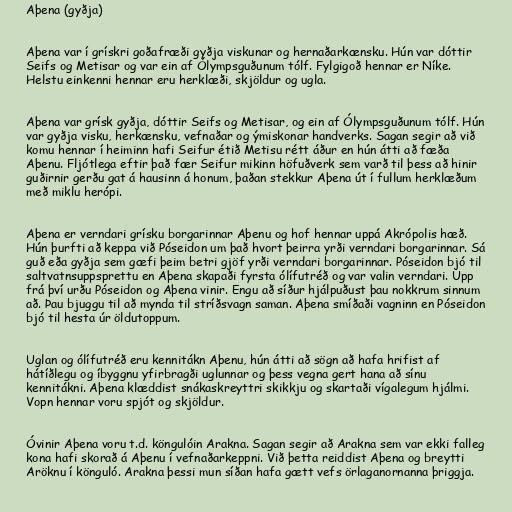
Aþena (gyðja)

Aþena var í grískri goðafræði gyðja viskunar og hernaðarkænsku. Hún var dóttir
Seifs og Metisar og var ein af Ólympsguðunum tólf. Fylgigoð hennar er Níke.
Helstu einkenni hennar eru herklæði, skjöldur og ugla.

Aþena var grísk gyðja, dóttir Seifs og Metisar, og ein af Ólympsguðunum tólf. Hún
var gyðja visku, herkænsku, vefnaðar og ýmiskonar handverks. Sagan segir að við
komu hennar í heiminn hafi Seifur étið Metisu rétt áður en hún átti að fæða
Aþenu. Fljótlega eftir það fær Seifur mikinn höfuðverk sem varð til þess að hinir
guðirnir gerðu gat á hausinn á honum, þaðan stekkur Aþena út í fullum herklæðum
með miklu herópi.

Aþena er verndari grísku borgarinnar Aþenu og hof hennar uppá Akrópolis hæð.
Hún þurfti að keppa við Póseidon um það hvort þeirra yrði verndari borgarinnar. Sá
guð eða gyðja sem gæfi þeim betri gjöf yrði verndari borgarinnar. Póseidon bjó til
saltvatnsuppsprettu en Aþena skapaði fyrsta ólífutréð og var valin verndari. Upp
frá því urðu Póseidon og Aþena vinir. Engu að síður hjálpuðust þau nokkrum sinnum
að. Þau bjuggu til að mynda til stríðsvagn saman. Aþena smíðaði vagninn en Póseidon
bjó til hesta úr öldutoppum.

Uglan og ólífutréð eru kennitákn Aþenu, hún átti að sögn að hafa hrifist af
hátíðlegu og íbyggnu yfirbragði uglunnar og þess vegna gert hana að sínu
kennitákni. Aþena klæddist snákaskreyttri skikkju og skartaði vígalegum hjálmi.
Vopn hennar voru spjót og skjöldur.

Óvinir Aþena voru t.d. köngulóin Arakna. Sagan segir að Arakna sem var ekki falleg
kona hafi skorað á Aþenu í vefnaðarkeppni. Við þetta reiddist Aþena og breytti
Aröknu í könguló. Arakna þessi mun síðan hafa gætt vefs örlaganornanna þriggja.